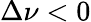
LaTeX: \Delta\nu<0